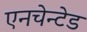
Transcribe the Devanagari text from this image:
एनचेन्टेड